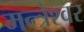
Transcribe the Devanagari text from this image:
मन्त्रेश्वर